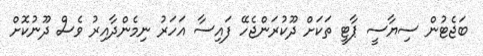
ބަޖެޓުން ސިޔާސީ ޕާޓީ ތަކަށް ދޫކުރަންޖެހޭ ފައިސާ އަހަރު ނިމެންދާއިރު ވެސް ދޫނުކޮށް